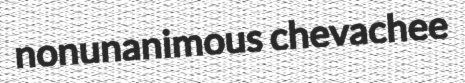
nonunanimous chevachee